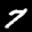
Label: 7